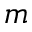
m